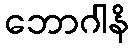
ဘောဂါနိ